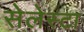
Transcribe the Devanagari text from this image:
सेलेस्टा